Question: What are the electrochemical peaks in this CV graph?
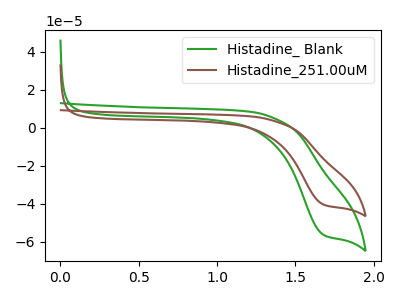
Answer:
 <answer>The green curve "Histadine_ Blank" has a cathodic peak at: (1.70V, -56.00uA). The brown curve "Histadine_251.00uM" has a cathodic peak at: (1.70V, -40.15uA).</answer>
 <eval></eval>